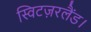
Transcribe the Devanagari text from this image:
स्विटज़रलैंड।